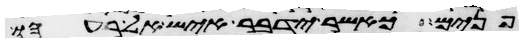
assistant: פנים כאשר ידבר איש אל רעהו